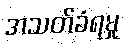
အသတ်ခံရမှု